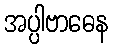
အပ္ပါဗာဓေန